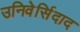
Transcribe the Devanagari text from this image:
उनिवेर्सिदाद